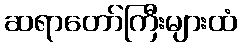
ဆရာတော်ကြီးများထံ